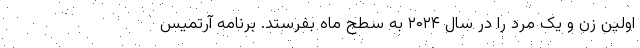
اولین زن و یک مرد را در سال ۲۰۲۴ به سطح ماه بفرستد. برنامه آرتمیس